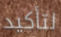
لتأكيد